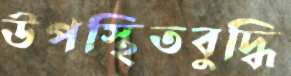
উপস্থিতবুদ্ধি